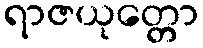
ရာဇယုတ္တော